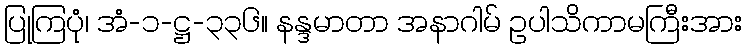
ပြုကြပုံ၊ အံ-၁-ဋ္ဌ-၃၃၆။ နန္ဒမာတာ အနာဂါမ် ဥပါသိကာမကြီးအား